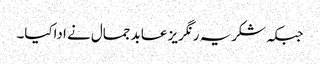
جبکہ شکریہ رنگریز عابد جمال نے اداکیا۔